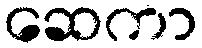
ဆေကာ